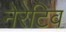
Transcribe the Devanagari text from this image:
नेरेटिव